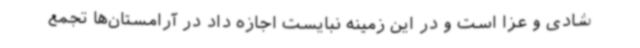
شادی و عزا است و در این زمینه نبایست اجازه داد در آرامستان‌ها تجمع